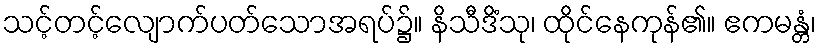
သင့်တင့်လျောက်ပတ်သောအရပ်၌။ နိသီဒိံသု၊ ထိုင်နေကုန်၏။ ဧကမန္တံ၊